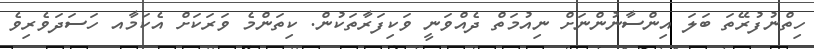
ހިތްނުފުރޭތަ ބަލަ އިންސާނުންނަށް ނިއުމަތް ދެއްވަނީ ވަކިފަރާތަކުން. ކިތަންމެ ވަރަކަށް އެކަމާއ ހަސަދަވެރިވެ